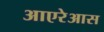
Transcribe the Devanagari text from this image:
आएरेआस